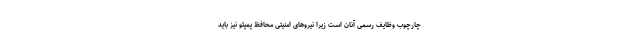
چارچوب وظایف رسمی آنان است زیرا نیروهای امنیتی محافظ پمپئو نیز باید